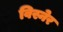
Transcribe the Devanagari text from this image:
विस्नेर